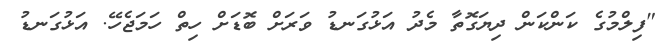
"ފިލްމުގެ ކަންކަން ދިޔަގޮތާ މެދު އަޅުގަނޑު ވަރަށް ބޮޑަށް ހިތް ހަމަޖެހޭ. އަޅުގަނޑު